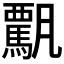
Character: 𩥡